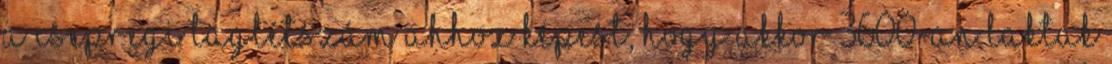
a csepregi taglétszám ahhoz képest, hogy akkor 3600-an laktak